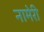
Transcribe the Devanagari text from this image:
नामेरी